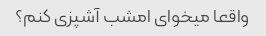
واقعا میخوای امشب آشپزی کنم؟